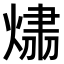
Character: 𤌂